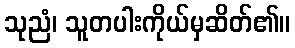
သုညံ၊ သူတပါးကိုယ်မှဆိတ်၏။